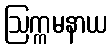
ဩက္ကမနာယ